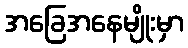
အခြေအနေမျိုးမှာ